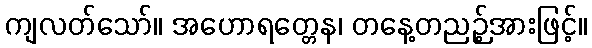
ကျလတ်သော်။ အဟောရတ္တေန၊ တနေ့တညဉ့်အားဖြင့်။